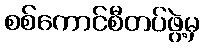
စစ်ကောင်စီတပ်ဖွဲ့မှ